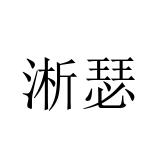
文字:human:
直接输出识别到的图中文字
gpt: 淅瑟